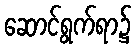
ဆောင်ရွက်ရာ၌